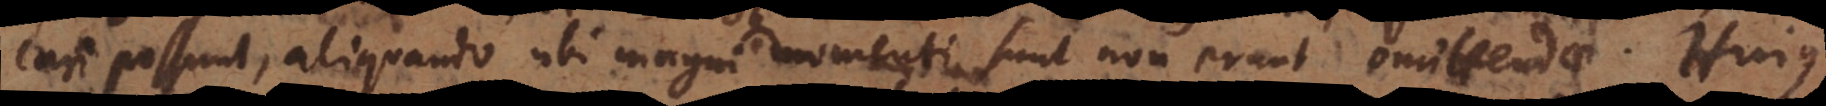
cari possunt, aliquando ubi magni momenti sunt non erunt omittendae. Hujus